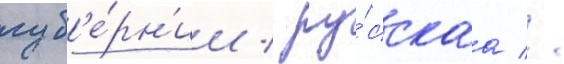
губ'е́рн'ии / ру́сскаа //